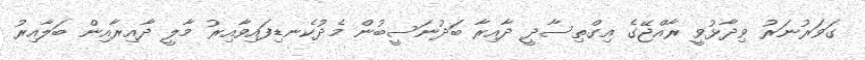
ގަވަރުނަރު ވިދާޅުވީ ރާއްޖޭގެ އިގްތިސާދީ ދާއިރާ ބަދުނަސީބުން މެދުކެނޑިފައިވާއިރު މާލީ ދާއިރާއިން ބަލާއިރު